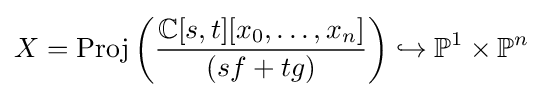
X={\text{Proj}}\left({\frac {\mathbb {C} [s,t][x_{0},\ldots ,x_{n}]}{(sf+tg)}}\right)\hookrightarrow \mathbb {P} ^{1}\times \mathbb {P} ^{n}